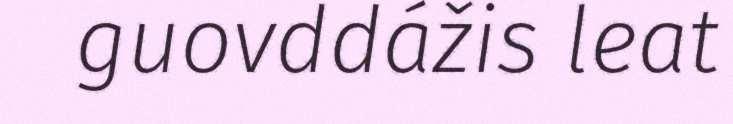
guovddážis leat